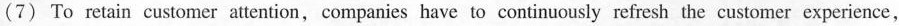
(7) To retain customer attention, companies have to continuously refresh the customer experience,